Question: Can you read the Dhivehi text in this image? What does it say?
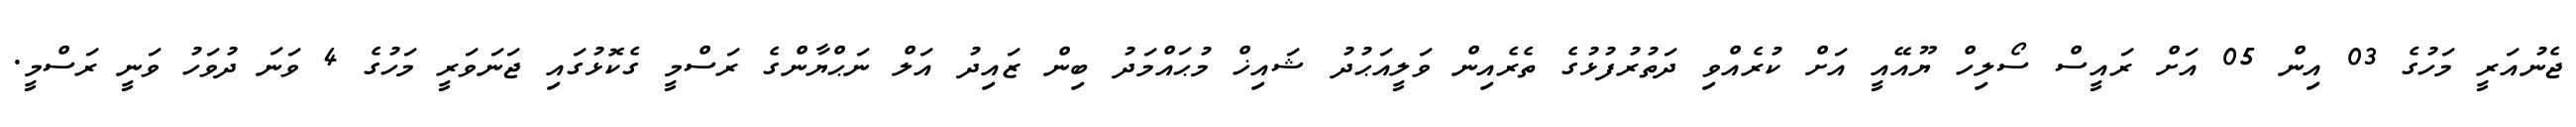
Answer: ޖެނުއަރީ މަހުގެ 03 އިން 05 އަށް ރައީސް ސޯލިހް ޔޫއޭއީ އަށް ކުރެއްވި ދަތުރުފުޅުގެ ތެރެއިން ވަލީއަޙުދު ޝައިޚް މުޙައްމަދު ބިން ޒައިދު އަލް ނަޙްޔާންގެ ރަސްމީ ގެކޮޅުގައި ޖަނަވަރީ މަހުގެ 4 ވަނަ ދުވަހު ވަނީ ރަސްމީ.